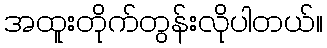
အထူးတိုက်တွန်းလိုပါတယ်။